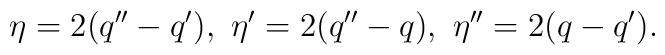
\eta = 2(q'' - q'),\ \eta' = 2(q'' - q),\ \eta'' = 2(q - q').